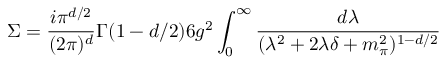
\Sigma = { \frac { i \pi ^ { d / 2 } } { ( 2 \pi ) ^ { d } } } \Gamma ( 1 - d / 2 ) 6 g ^ { 2 } \int _ { 0 } ^ { \infty } { \frac { d \lambda } { ( \lambda ^ { 2 } + 2 \lambda \delta + m _ { \pi } ^ { 2 } ) ^ { 1 - d / 2 } } }